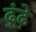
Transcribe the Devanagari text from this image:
ढ़ूंढ़े